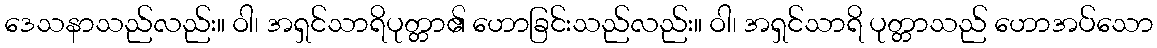
ဒေသနာသည်လည်း။ ဝါ၊ အရှင်သာရိပုတ္တာ၏ ဟောခြင်းသည်လည်း။ ဝါ၊ အရှင်သာရိ ပုတ္တာသည် ဟောအပ်သော